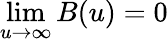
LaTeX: \operatorname*{lim}_{u\to\infty}B(u)=0